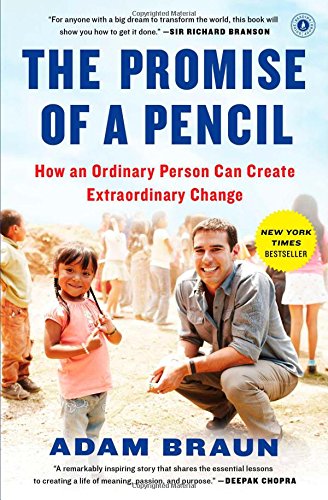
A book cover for The Promise of a Pencil: How an Ordinary Person Can Create Extraordinary Change; Adam Braun; Education & Teaching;